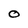
Character: O